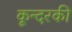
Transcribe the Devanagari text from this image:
कून्दरकी